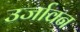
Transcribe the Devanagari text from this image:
उर्जावन